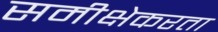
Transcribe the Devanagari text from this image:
समीक्षेकरता